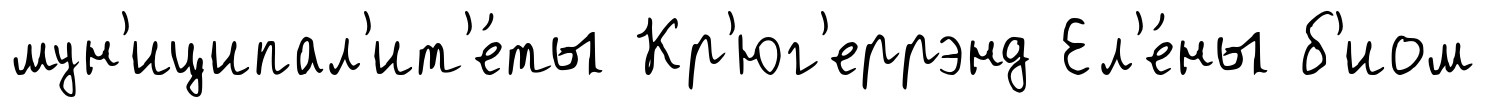
мун'иципал'ит'е́ты Кр'юг'еррэнд Ел'е́ны б'иом